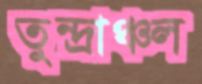
তুন্দ্রাঞ্চল